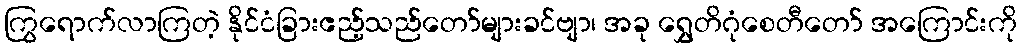
ကြွရောက်လာကြတဲ့ နိုင်ငံခြားဧည့်သည်တော်များခင်ဗျာ၊ အခု ရွှေတိဂုံစေတီတော် အကြောင်းကို